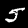
Label: 5